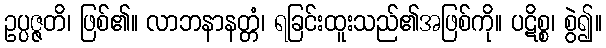
ဥပ္ပဇ္ဇတိ၊ ဖြစ်၏။ လာဘနာနတ္တံ၊ ရခြင်းထူးသည်၏အဖြစ်ကို။ ပဋိစ္စ၊ စွဲ၍။